Annual report on the lock hospitals of the Madras Presidency
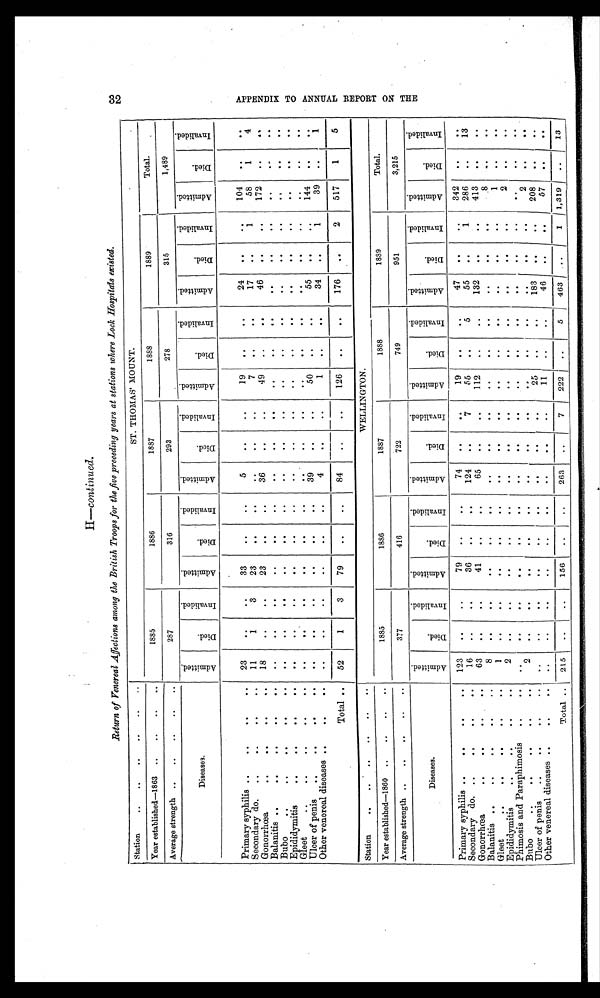
H—continued.
Return of Venereal Affections among the British Troops for the five preceding years at stations where Lock Hospitals existed.
Station
. .
..
..
..
..
ST. THOMAS' MOUNT.
Year established—1863
. .
. .
. .
. .
1885
1886
1887
1888
1889
Total.
Average strength
. .
..
..
..
..
287
316
293
278
315
1,489
Diseases.
A d m i t t e d .
D i e d .
I n v a l i d e d .
A d m i t t e d .
D i e d .
I n v a l i d e d .
A d m i t t e d .
D i e d .
I n v a l i d e d .
A d m i t t e d .
D i e d .
I n v a l i d e d .
A d m i t t e d .
D i e d .
I n v a l i d e d .
A d m i t t e d .
D i e d .
I n v a l i d e d .
Primary syphilis
. .
. .
. .
..
23
. .
. .
33
. .
. .
5
. .
. .
19
. .
. .
24
. .
. .
104
. .
. .
Secondary do.
. .
. .
. .
..
11
1
3
23
. .
. .
. .
. .
7
. .
. .
17
. .
1
58
1
4
Gonorrhœa
. .
. .
. .
..
18
. .
. .
23
. .
. .
36
. .
. .
49
. .
. .
46
. .
. .
172
. .
. .
B alanitis ..
. .
. .
. .
..
. .
. .
. .
. .
. .
. .
. .
. .
. .
. .
. .
. .
. .
. .
. .
. .
. .
. .
Bubo
..
. .
. .
. .
..
. .
. .
. .
. .
. .
. .
. .
. .
. .
. .
. .
. .
. .
. .
. .
. .
. .
. .
E pi did y mitis
. .
. .
. .
..
. .
. .
. .
. .
. .
. .
. .
. .
. .
. .
. .
. .
. .
. .
. .
. .
. .
..
Gleet
..
. .
. .
. .
..
. .
. .
. .
. .
. .
. .
. .
..
. .
. .
. .
. .
. .
. .
..
. .
. .
. .
Ulcer of penis
. .
. .
. .
..
. .
. .
. .
. .
. .
. .
39
. .
. .
50
. .
..
55
. .
. .
144
. .
. .
Other venereal diseases ..
..
..
. .
. .
. .
. .
. .
. .
4
. .
. .
1
. .
. .
34
. .
1
39
. .
1
Total ..
52
1
3
79
. .
. .
84
. .
. .
126
. .
. .
176
. .
2
517
1
5
Station
..
..
. .
. .
..
W E L L I N G T O N .
Year established—1860
..
. .
. .
..
1885
1886
1857
1888
1889
Total.
Average strength ..
. .
. .
. .
..
377
416
722
749
951
3,215
Diseases.
A d m i t t e d .
D i e d .
I n v a l i d e d .
A d m i t t e d .
D i e d .
I n v a l i d e d .
A d m i t t e d .
D i e d .
I n v a l i d e d .
A d m i t t e d .
D i e d .
I n v a l i d e d .
A d m i t t e d .
D i e d .
I n v a l i d e d .
A d m i t t e d .
D i e d .
I n v a l i d e d .
Primary syphilis ..
. .
. .
..
123
. .
. .
79
. .
. .
74
. .
. .
19
. .
..
47
. .
. .
342
. .
. .
Secondary do.
..
. .
. .
..
16
. .
. .
36
. .
. .
124
. .
7
55
..
5
55
..
1
286
. .
13
Gonorrhœa
. .
. .
. .
..
63
. .
. .
41
. .
. .
65
. .
. .
112
..
..
132
..
. .
413
. .
. . .
.
Balanitis ..
. .
. .
. .
..
8
. .
. .
. .
. .
. .
. .
. .
. .
..
. .
. .
..
..
. .
8
. .
. .
Gleet
. .
. .
. .
..
1
. .
. .
. .
. .
. .
. .
. .
. .
..
. .
. .
..
. .
. .
1
..
. .
Epididymitis
. .
. .
. .
..
2
. .
. .
. .
. .
. .
. .
. .
. .
..
. .
..
..
. .
. .
2
. .
..
Phimosis and Paraphimosis
. .
..
..
. .
. .
. .
. .
. .
. .
. .
. .
..
..
..
. .
. .
. .
. .
. .
. .
Bubo
. .
. .
. .
..
2
. .
. .
. .
. .
. .
. .
. .
. .
. .
. .
. .
. .
...
..
2
. .
. .
Ulcer of penis
. .
. .
. .
..
..
. .
. .
. .
. .
. .
. .
. .
. .
25
..
. .
183
. .
. .
208
. .
. .
Other venereal diseases ..
..
..
. .
..
..
. .
. .
. .
. .
. .
. .
11
..
..
46
. .
. .
57
. .
. .
Total ..
215
..
. .
156
..
..
263
. .
7
222
..
5
463 ..
1
1 , 3 1 9 ..
13
32
A P P E N D I X T O A N N U A L R E P O R T O N T H E